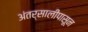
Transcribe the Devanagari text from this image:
अंतर्सालीपासून